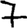
Digit: 7